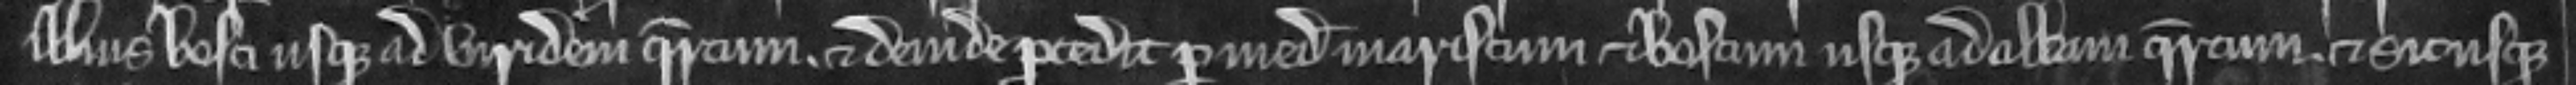
illius bosci usque ad viridem quercum. et deinde procedit per medium mariscum et boscum usque ad albam quercum. et sic usque